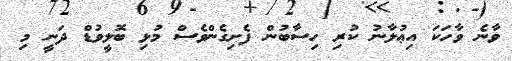
ވާނެ ވާހަކަ އިޢުލާނު ކުރި ހިސާބުން ފެށިގެންވެސް މުޅި ބޮލީވުޑް ދަނީ މި